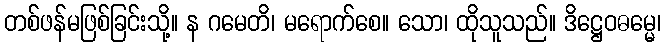
တစ်ဖန်မဖြစ်ခြင်းသို့။ န ဂမေတိ၊ မရောက်စေ။ သော၊ ထိုသူသည်။ ဒိဋ္ဌေဝဓမ္မေ၊